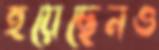
হয়েছেনও